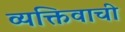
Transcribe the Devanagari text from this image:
व्यक्तिवाची